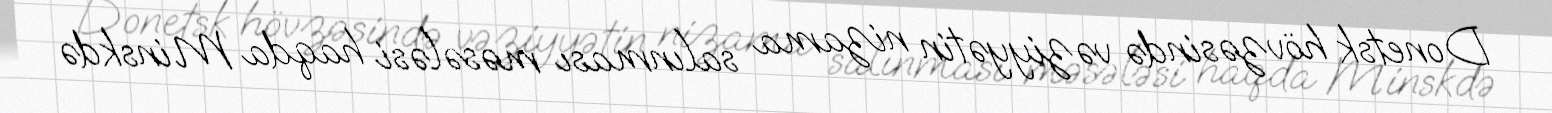
Donetsk hövzəsində vəziyyətin nizama salınması məsələsi haqda Minskdə